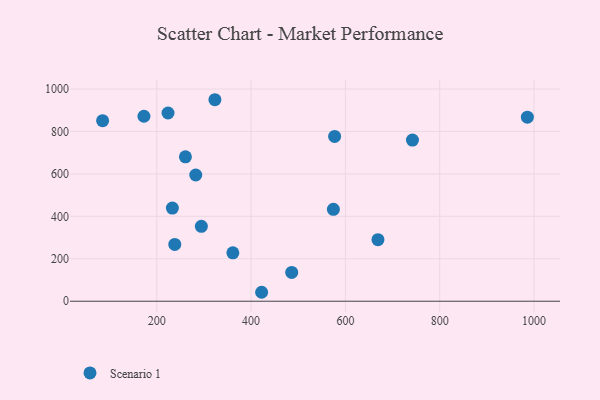
{"axis": {"x": "Price", "y": "Demand"}, "legend": ["Scenario 1"], "data": [{"x": "361.3", "y": 228.2, "type": "Scenario 1"}, {"x": "486.1", "y": 135.7, "type": "Scenario 1"}, {"x": "294.5", "y": 353.0, "type": "Scenario 1"}, {"x": "985.9", "y": 867.3, "type": "Scenario 1"}, {"x": "669.0", "y": 290.2, "type": "Scenario 1"}, {"x": "238.1", "y": 267.5, "type": "Scenario 1"}, {"x": "223.8", "y": 887.1, "type": "Scenario 1"}, {"x": "85.1", "y": 850.9, "type": "Scenario 1"}, {"x": "233.0", "y": 439.0, "type": "Scenario 1"}, {"x": "323.2", "y": 949.6, "type": "Scenario 1"}, {"x": "260.7", "y": 680.6, "type": "Scenario 1"}, {"x": "282.6", "y": 594.8, "type": "Scenario 1"}, {"x": "574.5", "y": 433.2, "type": "Scenario 1"}, {"x": "742.2", "y": 759.6, "type": "Scenario 1"}, {"x": "172.7", "y": 871.7, "type": "Scenario 1"}, {"x": "422.3", "y": 42.2, "type": "Scenario 1"}, {"x": "577.1", "y": 776.7, "type": "Scenario 1"}]}